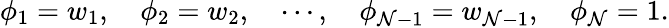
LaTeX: \phi_{1}=w_{1},\quad\phi_{2}=w_{2},\quad\cdots,\quad\phi_{\mathcal{N}-1}=w_{\mathcal{N}-1},\quad\phi_{\mathcal{N}}=1.